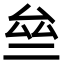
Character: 亝